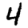
Digit: 4